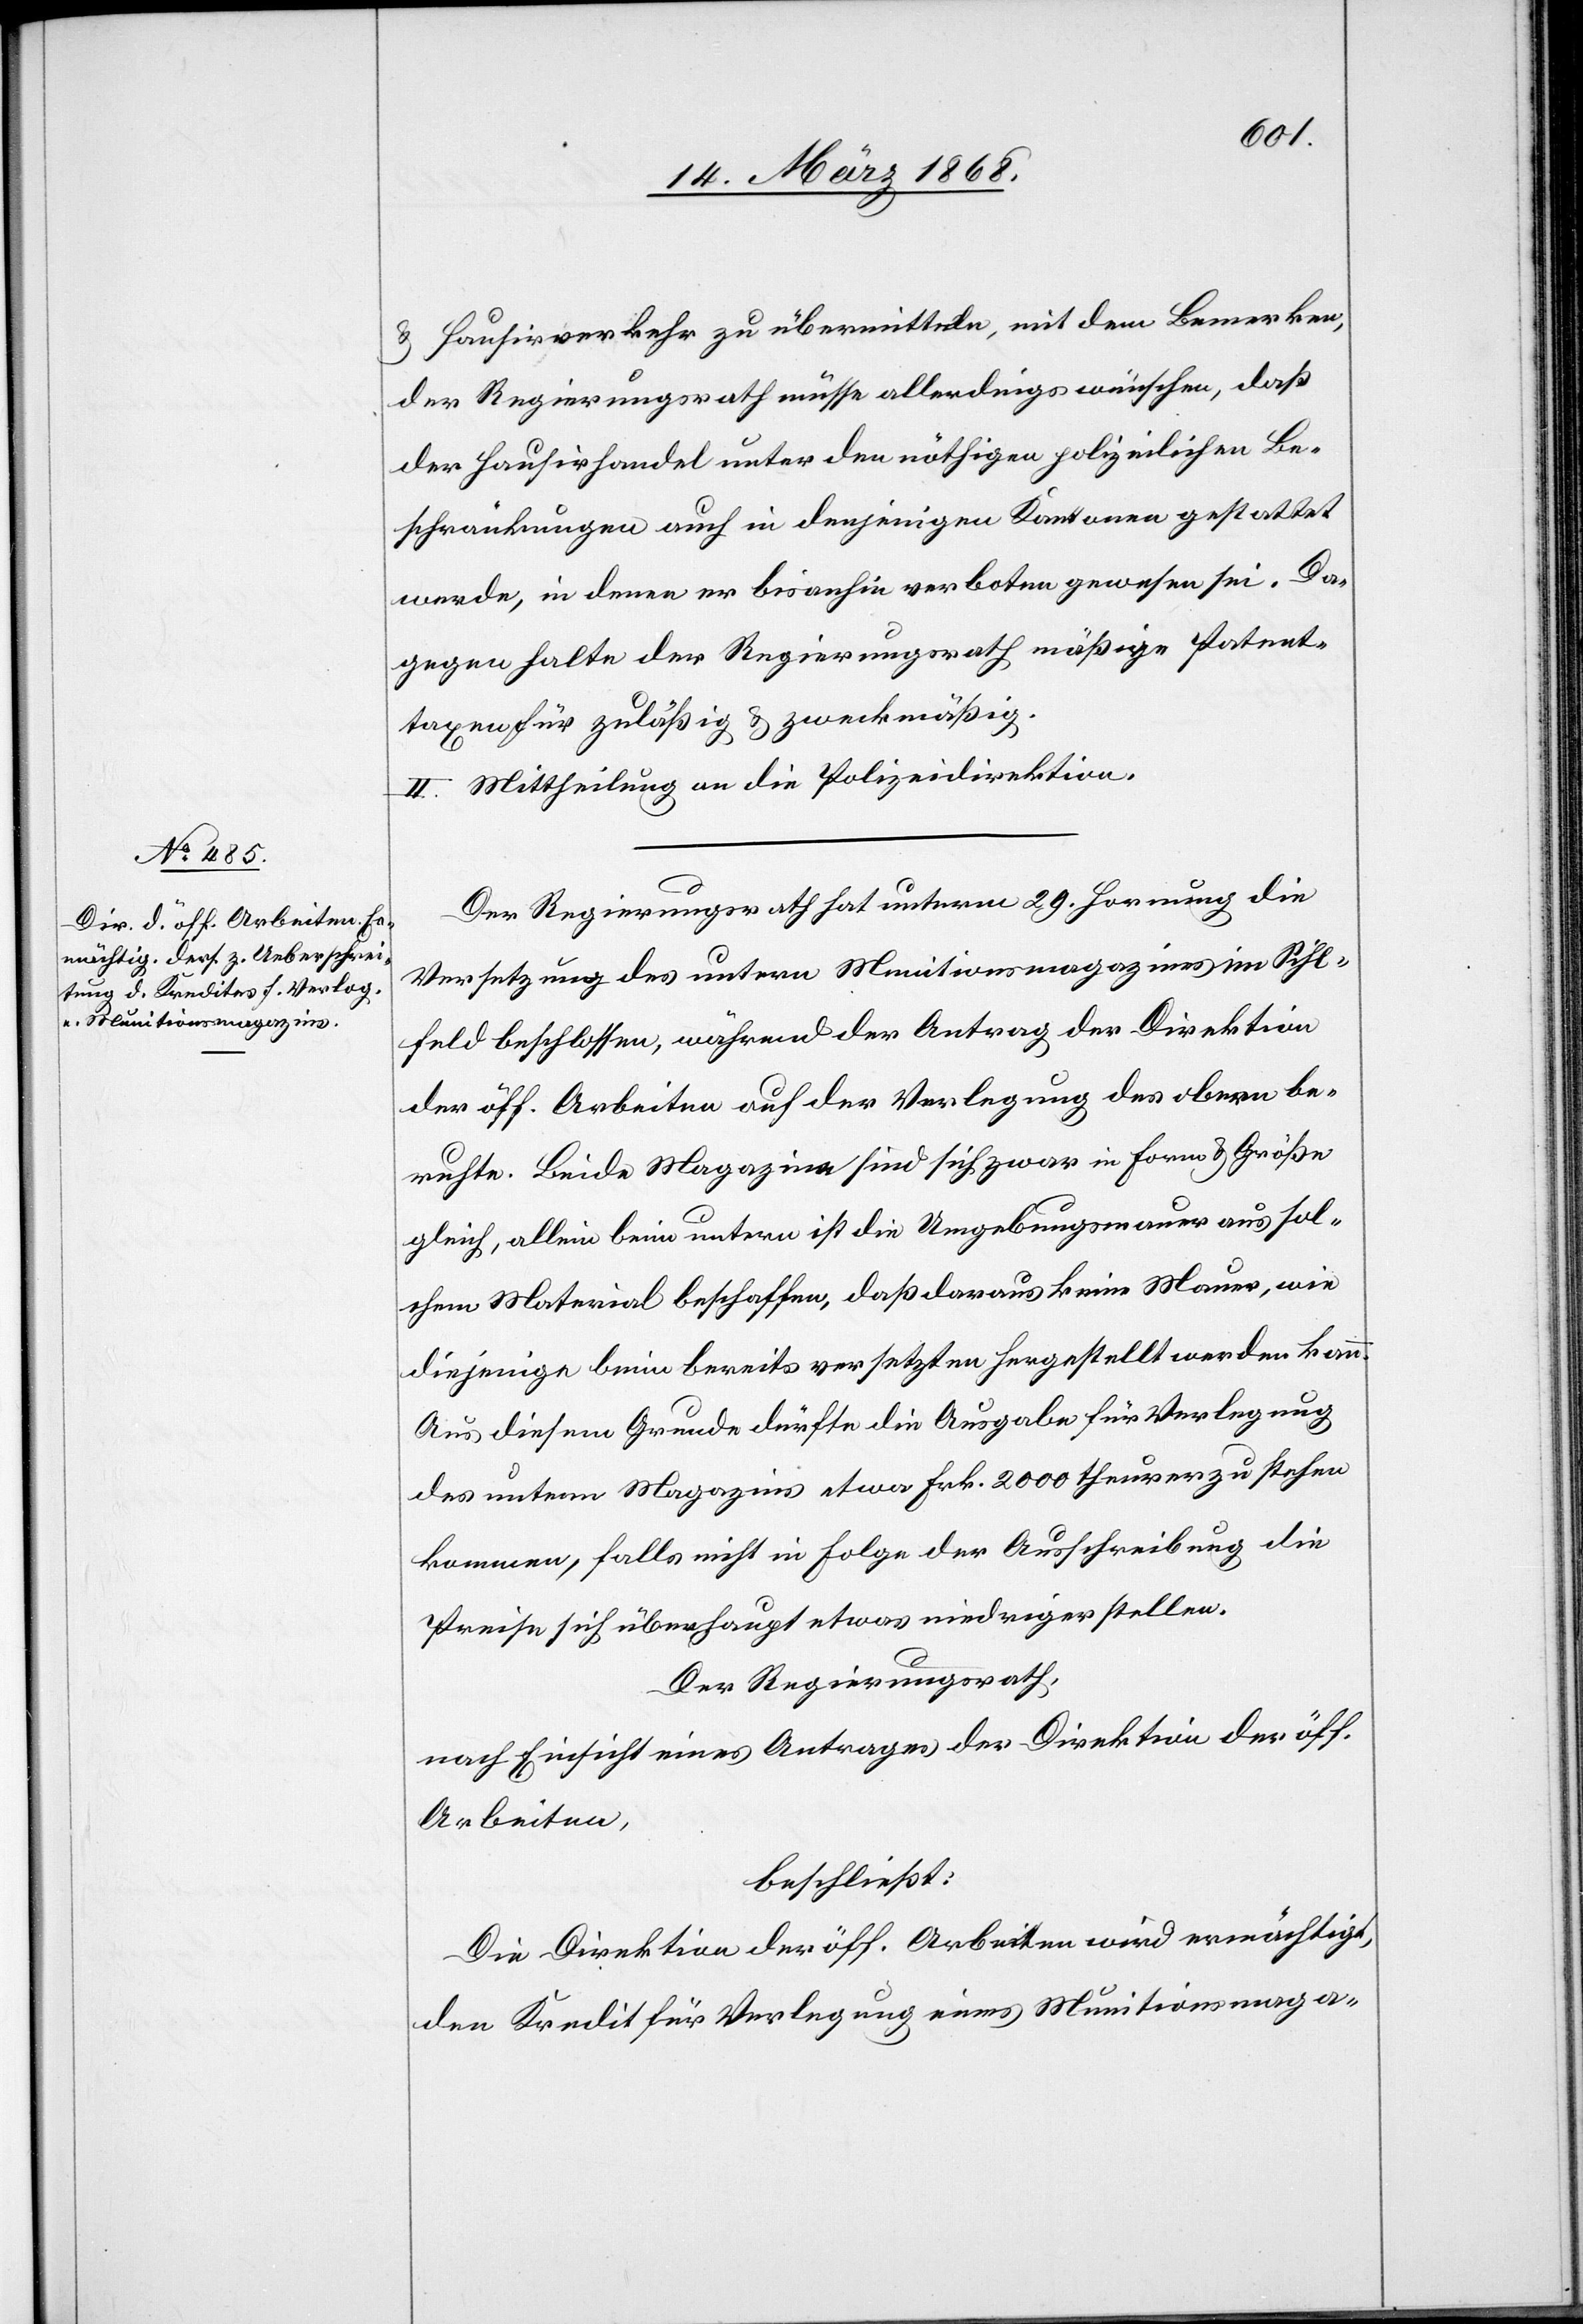
& Hausirverkehr zu übermitteln, mit dem Bemerken,
der Regierungsrath müsse allerdings wünschen, daß
der Hausirhandel unter den nöthigen polizeilichen Be¬
schränkungen auch in denjenigen Kantonen gestattet
werde, in denen er bisanhin verboten gewesen sei. Da¬
gegen halte der Regierungsrath mäßige Patent¬
taxen für zuläßig & zweckmäßig.
II. Mittheilung an die Polizeidirektion.
Der Regierungsrath hat unterm 29. Hornung die
Versetzung des untern Munitionsmagazines im Sihl¬
feld beschlossen, während der Antrag der Direktion
der öff. Arbeiten auf der Verlegung des obern be¬
ruhte. Beide Magazine sind sich zwar in Form & Größe
gleich, allein beim untern ist die Umgebungsmauer aus sol¬
chem Material beschaffen, daß daraus keine Mauer, wie
diejenige beim bereits versetzten hergestellt werden kann.
Aus diesem Grunde dürfte die Ausgabe für Verlegung
des untern Magazins etwa Frk. 2000 theurer zu stehen
kommen, falls nicht in Folge der Ausschreibung die
Preise sich überhaupt etwas niedriger stellen.
Der Regierungsrath,
nach Einsicht eines Antrages der Direktion der öff.
Arbeiten,
beschließt:
Die Direktion der öff. Arbeiten wird ermächtigt,
den Kredit für Verlegung eines Munitionsmaga-